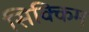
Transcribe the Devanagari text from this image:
सिक्‍िकम